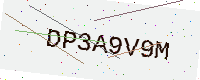
Text: DP3A9V9M